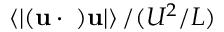
\left\langle \lvert ( { \bf u \cdot \nabla } ) { \bf u } \rvert \right\rangle / ( U ^ { 2 } / L )